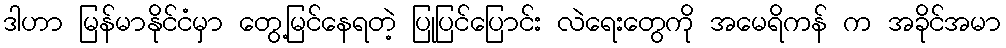
ဒါဟာ မြန်မာနိုင်ငံမှာ တွေ့မြင်နေရတဲ့ ပြုပြင်ပြောင်း လဲရေးတွေကို အမေရိကန် က အခိုင်အမာ